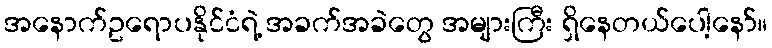
အနောက်ဥရောပနိုင်ငံရဲ့ အခက်အခဲတွေ အများကြီး ရှိနေတယ်ပေါ့နော်။